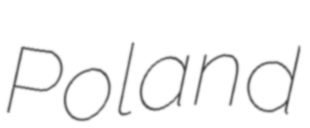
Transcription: Poland